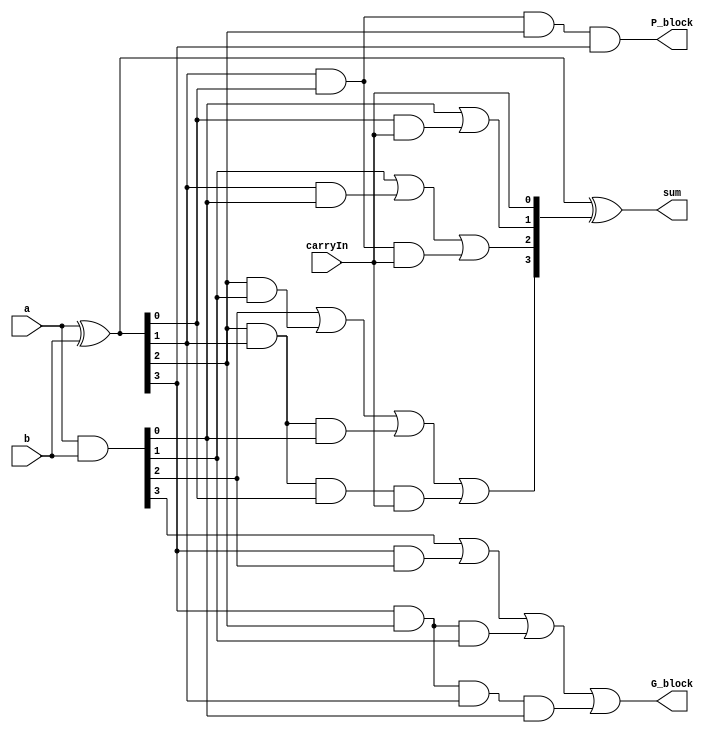
/*
 * Assignment	  : 1
 * Problem No.	: 2
 * Semester		  : Autumn 2021 
 * Group 		    : 46
 * Name1 		    : Neha Dalmia
 * RollNumber1 	: 19CS30055
 * Name2 		    : Rajat Bachhawat
 * RollNumber2 	: 19CS10073
 */

`timescale 1ns / 1ps

// Augmented 4-bit CLA to make 16-bit CLA without rippling in carry bits, outputs : P, G, sum
module carryLookAheadAdder_4bit_aug(
  input [3:0] a,	  //input 4 bit integers are a and b
  input [3:0] b,
  input carryIn,	  // input carry
  output [3:0] sum,	// 4 bit output sum
  output G_block,   // block generate signal
  output P_block    // block propagate signal
  );
  wire [3:0] carry;	            // carry[1..3]: output carry for leftmost 3 bits
  wire [3:0] G, P;	            // G and P are the Generate and Propagate terms
  
  /*
  Logic/Explanation

  P[0..3] = Propagate signals
  G[0..3] = Generate signals
  carry[1..3] = Generated carry bits
  P_block = Block Propagate signal for the entire 4-bit block
  G_block = Block Generate signal for the entire 4-bit block

  P[i] = A[i] ^ B[i], for 0<=i<=3
  G[i] = A[i] & B[i], for 0<=i<=3
  
  carry[0] = input carry
  carry[i+1] = G[i] | (P[i] & carry[i]), for 0<=i<=3
  
  More specifically, on expanding:
  
  carry[1] = G[0] | (P[0] & carry[0])
  carry[2] = G[1] | (P[1] & G[0]) | (P[1] & P[0] & carry[0])
  carry[3] = G[2] | (P[2] & G[1]) | (P[2] & P[1] & G[0]) | (P[2] & P[1] & P[0] & carry[0])
  
  Also, we can calculate P and G for the entire 4-bit block like so (independent of carry[0]):

  P_block = P[3] & P[2] & P[1] & P[0]
  G_block = G[3] | (P[3] & G[2]) | (P[3] & P[2] & G[1]) | (P[3] & P[2] & P[1] & G[0])
  
  sum[i] = P[i] ^ carry[i], for 0<=i<=3
  */

  assign G = a & b;           // Generate signals (G[0..3])
  assign P = a ^ b;	          // Propagate signals (P[0..3])
  
  assign carry[0] = carryIn;  // Setting initial carry to input carry value
  
  assign carry[1] = G[0] | (P[0] & carry[0]);
  assign carry[2] = G[1] | (P[1] & G[0]) | (P[1] & P[0] & carry[0]);
  assign carry[3] = G[2] | (P[2] & G[1]) | (P[2] & P[1] & G[0]) | (P[2] & P[1] & P[0] & carry[0]);
  // carry[4] not computed, can be derived using the equation: G_block | (P_block & carry[0])

  assign P_block = P[0] & P[1] & P[2] & P[3]; 	 					                                    // Block Propagate (P_block)
  assign G_block = G[3] | (P[3] & G[2]) | (P[3] & P[2] & G[1]) | (P[3] & P[2] & P[1] & G[0]); // Block Generate (G_block)
  
  assign sum = P ^ carry[3:0];	// obtaining the sum using carry bits and propagate signals
endmodule // carryLookAheadAdder_4bit_aug